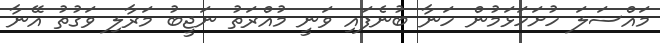
މައްސަލަ ހުށަހަޅަމުން ހަނާ ބުނެފައި ވަނީ މުއްރަތު ނަޖީބު މަރާލި ވަގުތު އޭނާ